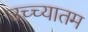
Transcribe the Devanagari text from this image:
उच्च्यातम